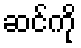
ဆင်ကို